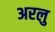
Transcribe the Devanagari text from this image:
अरलु